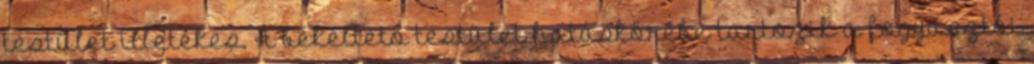
testület illetékes. A békéltető testület hatáskörébe tartozik a fogyasztói